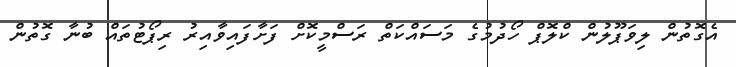
އެގޮތުން ލިވަޕޫލުން ކްލޮޕް ހޯދުމުގެ މަސައްކަތް ރަސްމީކޮށް ފަށާފައިވާއިރު ރިޕޯޓުތައް ބުނާ ގޮތުން